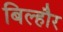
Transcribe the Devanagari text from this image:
बिल्‍हौर